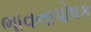
ભાવનાપોષક